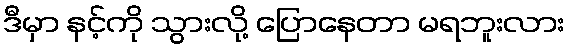
ဒီမှာ နင့်ကို သွားလို့ ပြောနေတာ မရဘူးလား